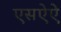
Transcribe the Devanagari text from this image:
एसऐऐ